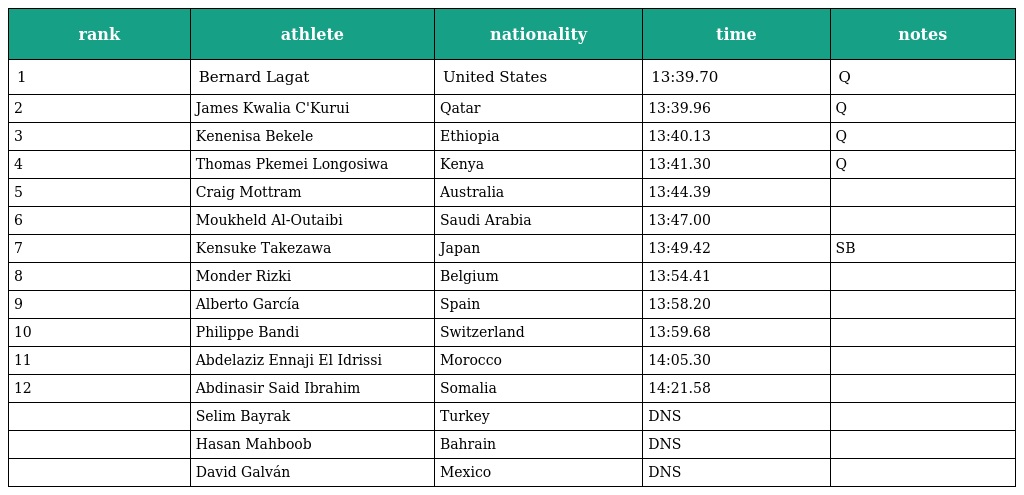
| rank | athlete | nationality | time | notes |
 | --- | --- | --- | --- | --- |
 | 1 | Bernard Lagat | United States | 13:39.70 | Q |
 | 2 | James Kwalia C'Kurui | Qatar | 13:39.96 | Q |
 | 3 | Kenenisa Bekele | Ethiopia | 13:40.13 | Q |
 | 4 | Thomas Pkemei Longosiwa | Kenya | 13:41.30 | Q |
 | 5 | Craig Mottram | Australia | 13:44.39 |  |
 | 6 | Moukheld Al-Outaibi | Saudi Arabia | 13:47.00 |  |
 | 7 | Kensuke Takezawa | Japan | 13:49.42 | SB |
 | 8 | Monder Rizki | Belgium | 13:54.41 |  |
 | 9 | Alberto García | Spain | 13:58.20 |  |
 | 10 | Philippe Bandi | Switzerland | 13:59.68 |  |
 | 11 | Abdelaziz Ennaji El Idrissi | Morocco | 14:05.30 |  |
 | 12 | Abdinasir Said Ibrahim | Somalia | 14:21.58 |  |
 |  | Selim Bayrak | Turkey | DNS |  |
 |  | Hasan Mahboob | Bahrain | DNS |  |
 |  | David Galván | Mexico | DNS |  |